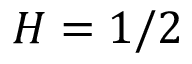
H = 1 / 2